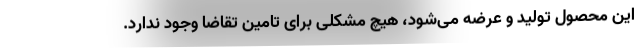
این محصول تولید و عرضه می‌شود، هیچ مشکلی برای تامین تقاضا وجود ندارد.